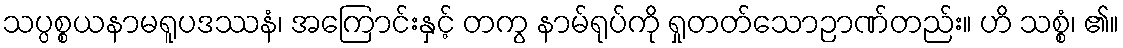
သပ္ပစ္စယနာမရူပဒဿနံ၊ အကြောင်းနှင့် တကွ နာမ်ရုပ်ကို ရှုတတ်သောဉာဏ်တည်း။ ဟိ သစ္စံ၊ ၏။